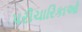
પરીચારિકાઓ